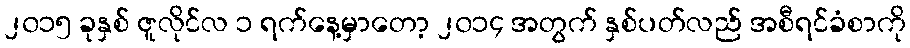
၂၀၁၅ ခုနှစ် ဇူလိုင်လ ၁ ရက်နေ့မှာတော့ ၂၀၁၄ အတွက် နှစ်ပတ်လည် အစီရင်ခံစာကို